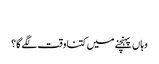
‬
‫وہاں پہنچنے میں کتنا وقت لگے گا؟